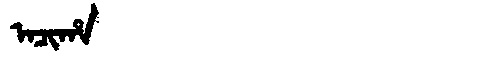
Manchu: ᠠᠴᡳᡥᠠ
Romanization: ACIHA